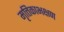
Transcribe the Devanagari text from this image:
मृत्तिकाभक्षण